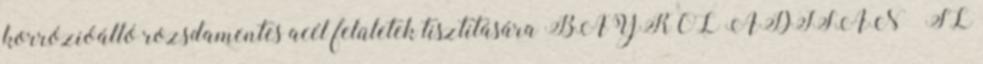
korrózióálló rozsdamentes acél felületek tisztítására BAYROL ADISAN – SL